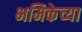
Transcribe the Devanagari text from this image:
भमिकेच्या